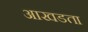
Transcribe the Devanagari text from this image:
आखडता